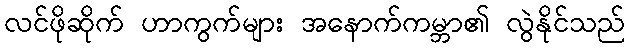
လင်ဖိုဆိုက် ဟာကွက်များ အနောက်ကမ္ဘာ၏ လွဲနိုင်သည်